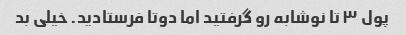
پول ۳ تا نوشابه رو گرفتید اما دوتا فرستادید. خیلی بد